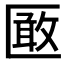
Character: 𭅞